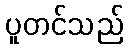
ပူတင်သည်